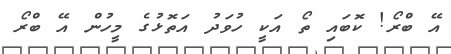
އޭ ބްރޯ! ކޮބައި ތޯ އަކީ ހުވަދު އަތޮޅުގެ މީހުން އޭ ބްރޯ